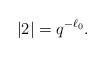
LaTeX: \begin{align*}|2| = q^{-\ell_0}. \end{align*}